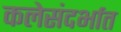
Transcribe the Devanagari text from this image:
कलेसंदर्भात